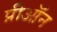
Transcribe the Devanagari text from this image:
प्रीऑन